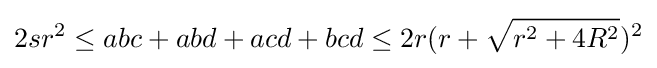
2sr^{2}\leq abc+abd+acd+bcd\leq 2r(r+{\sqrt {r^{2}+4R^{2}}})^{2}